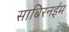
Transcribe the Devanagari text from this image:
साबिरनईम